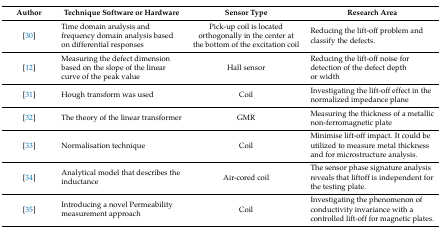
| Author | Technique Software or Hardware | Sensor Type | Research Area |
 | --- | --- | --- | --- |
 | [30] | Time domain analysis and frequency domain analysis based on differential responses | Pick-up coil is located orthogonally in the center at the bottom of the excitation coil | Reducing the lift-off problem and classify the defects. |
 | [12] | Measuring the defect dimension based on the slope of the linear curve of the peak value | Hall sensor | Reducing the lift-off noise for detection of the defect depth or width |
 | [31] | Hough transform was used | Coil | Investigating the lift-off effect in the normalized impedance plane |
 | [32] | The theory of the linear transformer | GMR | Measuring the thickness of a metallic non-ferromagnetic plate |
 | [33] | Normalisation technique | Coil | Minimise lift-off impact. It could be utilized to measure metal thickness and for microstructure analysis. |
 | [34] | Analytical model that describes the inductance | Air-cored coil | The sensor phase signature analysis reveals that liftoff is independent for the testing plate. |
 | [35] | Introducing a novel Permeability measurement approach | Coil | Investigating the phenomenon of conductivity invariance with a controlled lift-off for magnetic plates. |